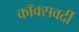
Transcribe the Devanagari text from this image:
कॉक्सवर्दी